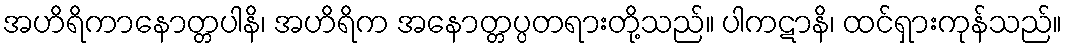
အဟိရိကာနောတ္တပါနိ၊ အဟိရိက အနောတ္တပ္ပတရားတို့သည်။ ပါကဋာနိ၊ ထင်ရှားကုန်သည်။